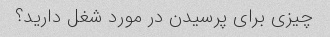
چیزی برای پرسیدن در مورد شغل دارید؟